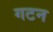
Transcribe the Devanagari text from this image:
गटन